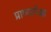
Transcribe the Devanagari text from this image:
प्राण्यापेक्षा